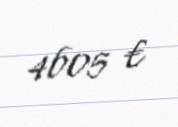
4605 €